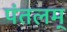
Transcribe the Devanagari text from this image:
पंतलम्